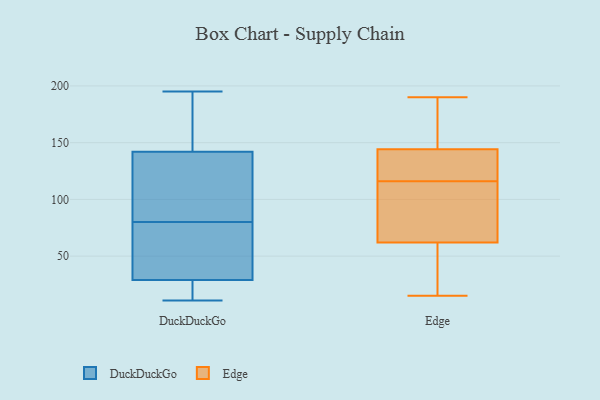
{"axis": {"x": "Budget (USD K)", "y": "Value"}, "legend": ["DuckDuckGo", "Edge"], "data": [{"x": "", "y": 163, "type": "DuckDuckGo"}, {"x": "", "y": 60, "type": "DuckDuckGo"}, {"x": "", "y": 19, "type": "DuckDuckGo"}, {"x": "", "y": 80, "type": "DuckDuckGo"}, {"x": "", "y": 29, "type": "DuckDuckGo"}, {"x": "", "y": 60, "type": "DuckDuckGo"}, {"x": "", "y": 168, "type": "DuckDuckGo"}, {"x": "", "y": 80, "type": "DuckDuckGo"}, {"x": "", "y": 11, "type": "DuckDuckGo"}, {"x": "", "y": 195, "type": "DuckDuckGo"}, {"x": "", "y": 126, "type": "DuckDuckGo"}, {"x": "", "y": 29, "type": "DuckDuckGo"}, {"x": "", "y": 110, "type": "DuckDuckGo"}, {"x": "", "y": 142, "type": "DuckDuckGo"}, {"x": "", "y": 185, "type": "Edge"}, {"x": "", "y": 190, "type": "Edge"}, {"x": "", "y": 107, "type": "Edge"}, {"x": "", "y": 21, "type": "Edge"}, {"x": "", "y": 139, "type": "Edge"}, {"x": "", "y": 89, "type": "Edge"}, {"x": "", "y": 29, "type": "Edge"}, {"x": "", "y": 175, "type": "Edge"}, {"x": "", "y": 120, "type": "Edge"}, {"x": "", "y": 15, "type": "Edge"}, {"x": "", "y": 146, "type": "Edge"}, {"x": "", "y": 65, "type": "Edge"}, {"x": "", "y": 132, "type": "Edge"}, {"x": "", "y": 61, "type": "Edge"}, {"x": "", "y": 116, "type": "Edge"}]}